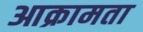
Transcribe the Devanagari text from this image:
आक्रामता